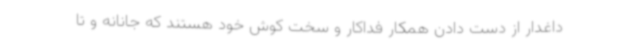
داغدار از دست دادن همکار فداکار و سخت کوش خود هستند که جانانه و تا